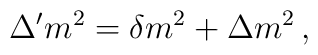
\Delta' m^2 = \delta m^2 + \Delta m^2 \,,